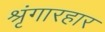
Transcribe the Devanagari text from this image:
श्रृंगारहार